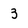
Character: 3